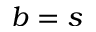
b = s